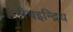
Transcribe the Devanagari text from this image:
पंचइन्द्रिय